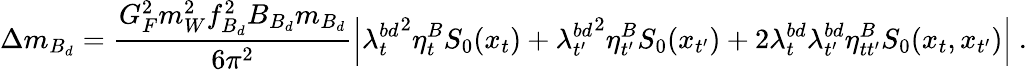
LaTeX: \Delta m_{B_{d}}=\frac{G_{F}^{2}m_{W}^{2}f_{B_{d}}^{2}B_{B_{d}}m_{B_{d}}}{6\pi^{2}}\left|{\lambda_{t}^{bd}}^{2}\eta_{t}^{B}S_{0}(x_{t})+{\lambda_{t^{\prime}}^{bd}}^{2}\eta_{t^{\prime}}^{B}S_{0}(x_{t^{\prime}})+2{\lambda_{t}^{bd}}{\lambda_{t^{\prime}}^{bd}}\eta_{tt^{\prime}}^{B}S_{0}(x_{t},x_{t^{\prime}})\right|\ .